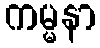
ကမ္မနာ